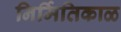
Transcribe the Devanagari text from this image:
निर्मितिकाळ